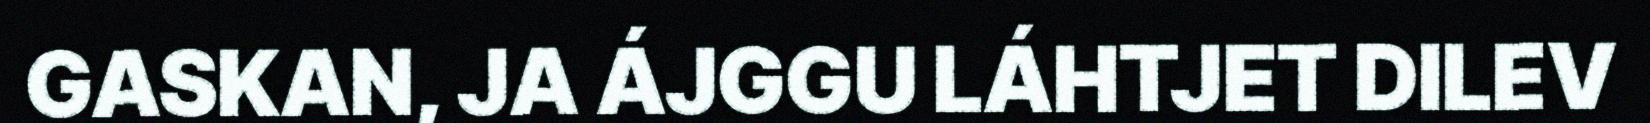
GASKAN, JA ÁJGGU LÁHTJET DILEV